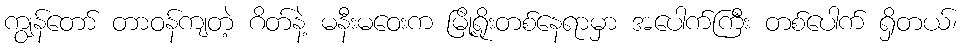
ကျွန်တော် တာဝန်ကျတဲ့ ဂိတ်နဲ့ မနီးမဝေးက မြို့ရိုးတစ်နေရာမှာ အပေါက်ကြီး တစ်ပေါက် ရှိတယ်၊